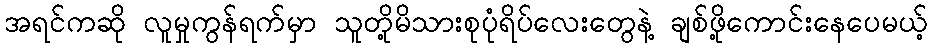
အရင်ကဆို လူမှုကွန်ရက်မှာ သူတို့မိသားစုပုံရိပ်လေးတွေနဲ့ ချစ်ဖို့ကောင်းနေပေမယ့်